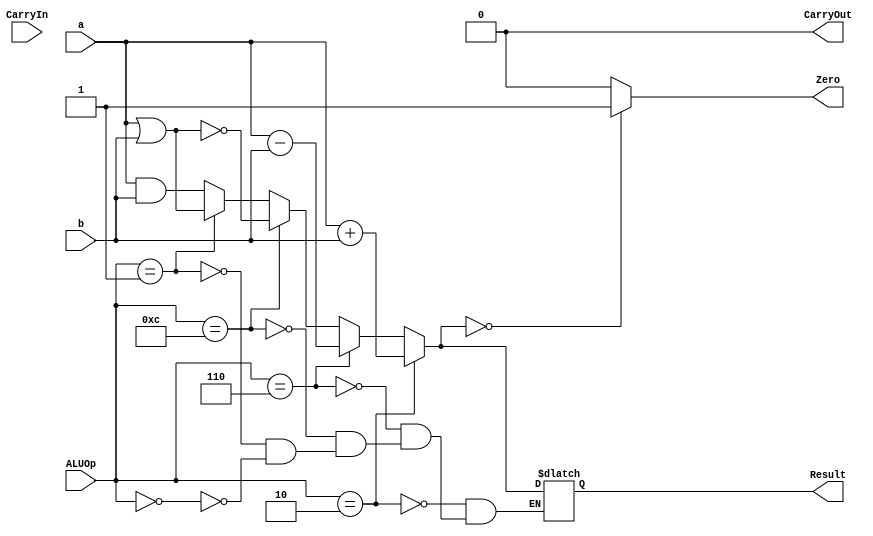
module ALU_64_bit
  (
  input [63:0] a,b, 
  input CarryIn,
  input [3:0] ALUOp,
  output reg [63:0]Result,
  output reg CarryOut,
  output reg Zero
  );
  
  always @(a, b, CarryIn, ALUOp, Result)
  
  begin
    Zero = 1'b0;
    CarryOut <= 0;

    if (ALUOp == 4'b0000) //and 
      Result = a & b;
    
    if (ALUOp == 4'b001) //or
      Result = a | b;
    
    if (ALUOp == 4'b1100) //nor
      Result = ~(a | b);
    
    if (ALUOp == 4'b0110) //subtract
    begin
      Result = a - b;
    end 
    
    if (ALUOp == 4'b0010) //add
    begin
      Result = a + b;
    end
    if (Result == 64'b0)
      Zero = 1'b1;
  end
endmodule